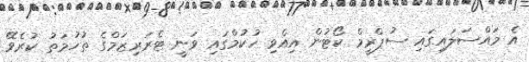
އެ މައްސަލައިގައި ސުޕްރީމް ކޯޓުން އިއްވި ހުކުމްގައި ވަނީ ޓެރަރިޒަމްގެ ތުހުމަތު ކުރެވޭ